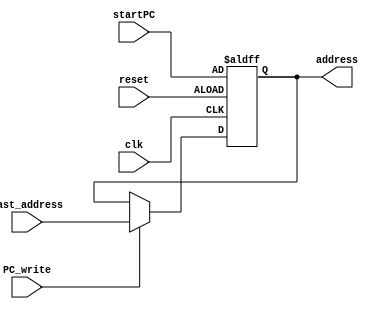
`timescale 1ns / 1ps
//////////////////////////////////////////////////////////////////////////////////
// Company: 
// Engineer: 
// 
// Design Name: 
// Module Name: PC
// Project Name: 
// Target Devices: 
// Tool Versions: 
// Description: 
// 
// Dependencies: 
// 
// Revision:
// Revision 0.01 - File Created
// Additional Comments:
// 
//////////////////////////////////////////////////////////////////////////////////


module PC( 
 PC_write,
 clk,
 reset,
 last_address,
 startPC ,
 address );
   input PC_write; 
   input clk,reset;
   input [31:0] last_address;
   input [31:0] startPC;
   output reg [31:0]address;
   
   always @(negedge clk or negedge reset)begin
           
           if (~reset) begin // because it low enable signal
           address[31:0] <= startPC;
           end
           else if(PC_write)   begin
           address[31:0] <= last_address;
           end
        end
endmodule